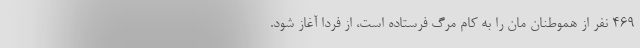
۴۶۹ نفر از هموطنان مان را به کام مرگ فرستاده است، از فردا آغاز شود.